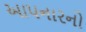
આપનારનો